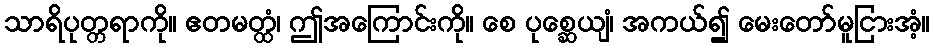
သာရိပုတ္တရာကို။ ဧတမတ္ထံ၊ ဤအကြောင်းကို။ စေ ပုစ္ဆေယျံ၊ အကယ်၍ မေးတော်မူငြားအံ့။